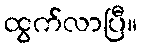
ထွက်လာပြီ။